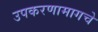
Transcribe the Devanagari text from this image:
उपकरणामागचे